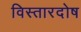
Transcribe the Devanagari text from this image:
विस्तारदोष